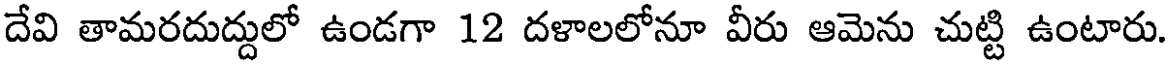
దేవి తామరదుద్దులో ఉండగా 12 దళాలలోనూ వీరు ఆమెను చుట్టి ఉంటారు